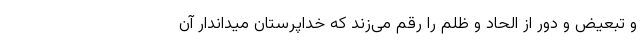
و تبعیض و دور از الحاد و ظلم را رقم می‌زند که خداپرستان میداندار آن